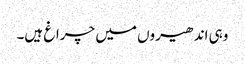
وہی اندھیروں میں چراغ ہیں۔